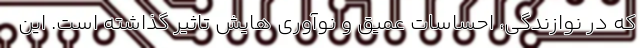
که در نوازندگی، احساسات عمیق و نوآوری هایش تاثیر گذاشته است. این